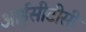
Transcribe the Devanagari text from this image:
आईसीटीसी